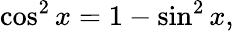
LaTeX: \cos^{2}x=1-\sin^{2}x,